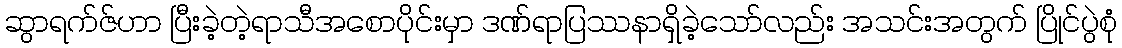
ဆွာရက်ဇ်ဟာ ပြီးခဲ့တဲ့ရာသီအစောပိုင်းမှာ ဒဏ်ရာပြဿနာရှိခဲ့သော်လည်း အသင်းအတွက် ပြိုင်ပွဲစုံ